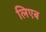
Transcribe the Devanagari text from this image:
लिएब